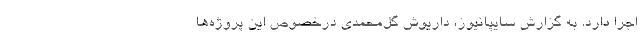
اجرا دارد. به گزارش سايپانيوز، داريوش گل‌محمدي درخصوص اين پروژه‌ها